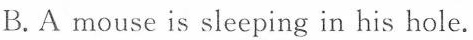
B. A mouse is sleeping in his hole.